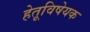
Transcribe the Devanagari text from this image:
हेतूविषेयक